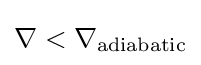
\nabla <\nabla _{\text{adiabatic}}